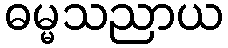
ဓမ္မသညာယ